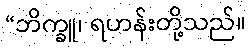
“ဘိက္ခူ၊ ရဟန်းတို့သည်။